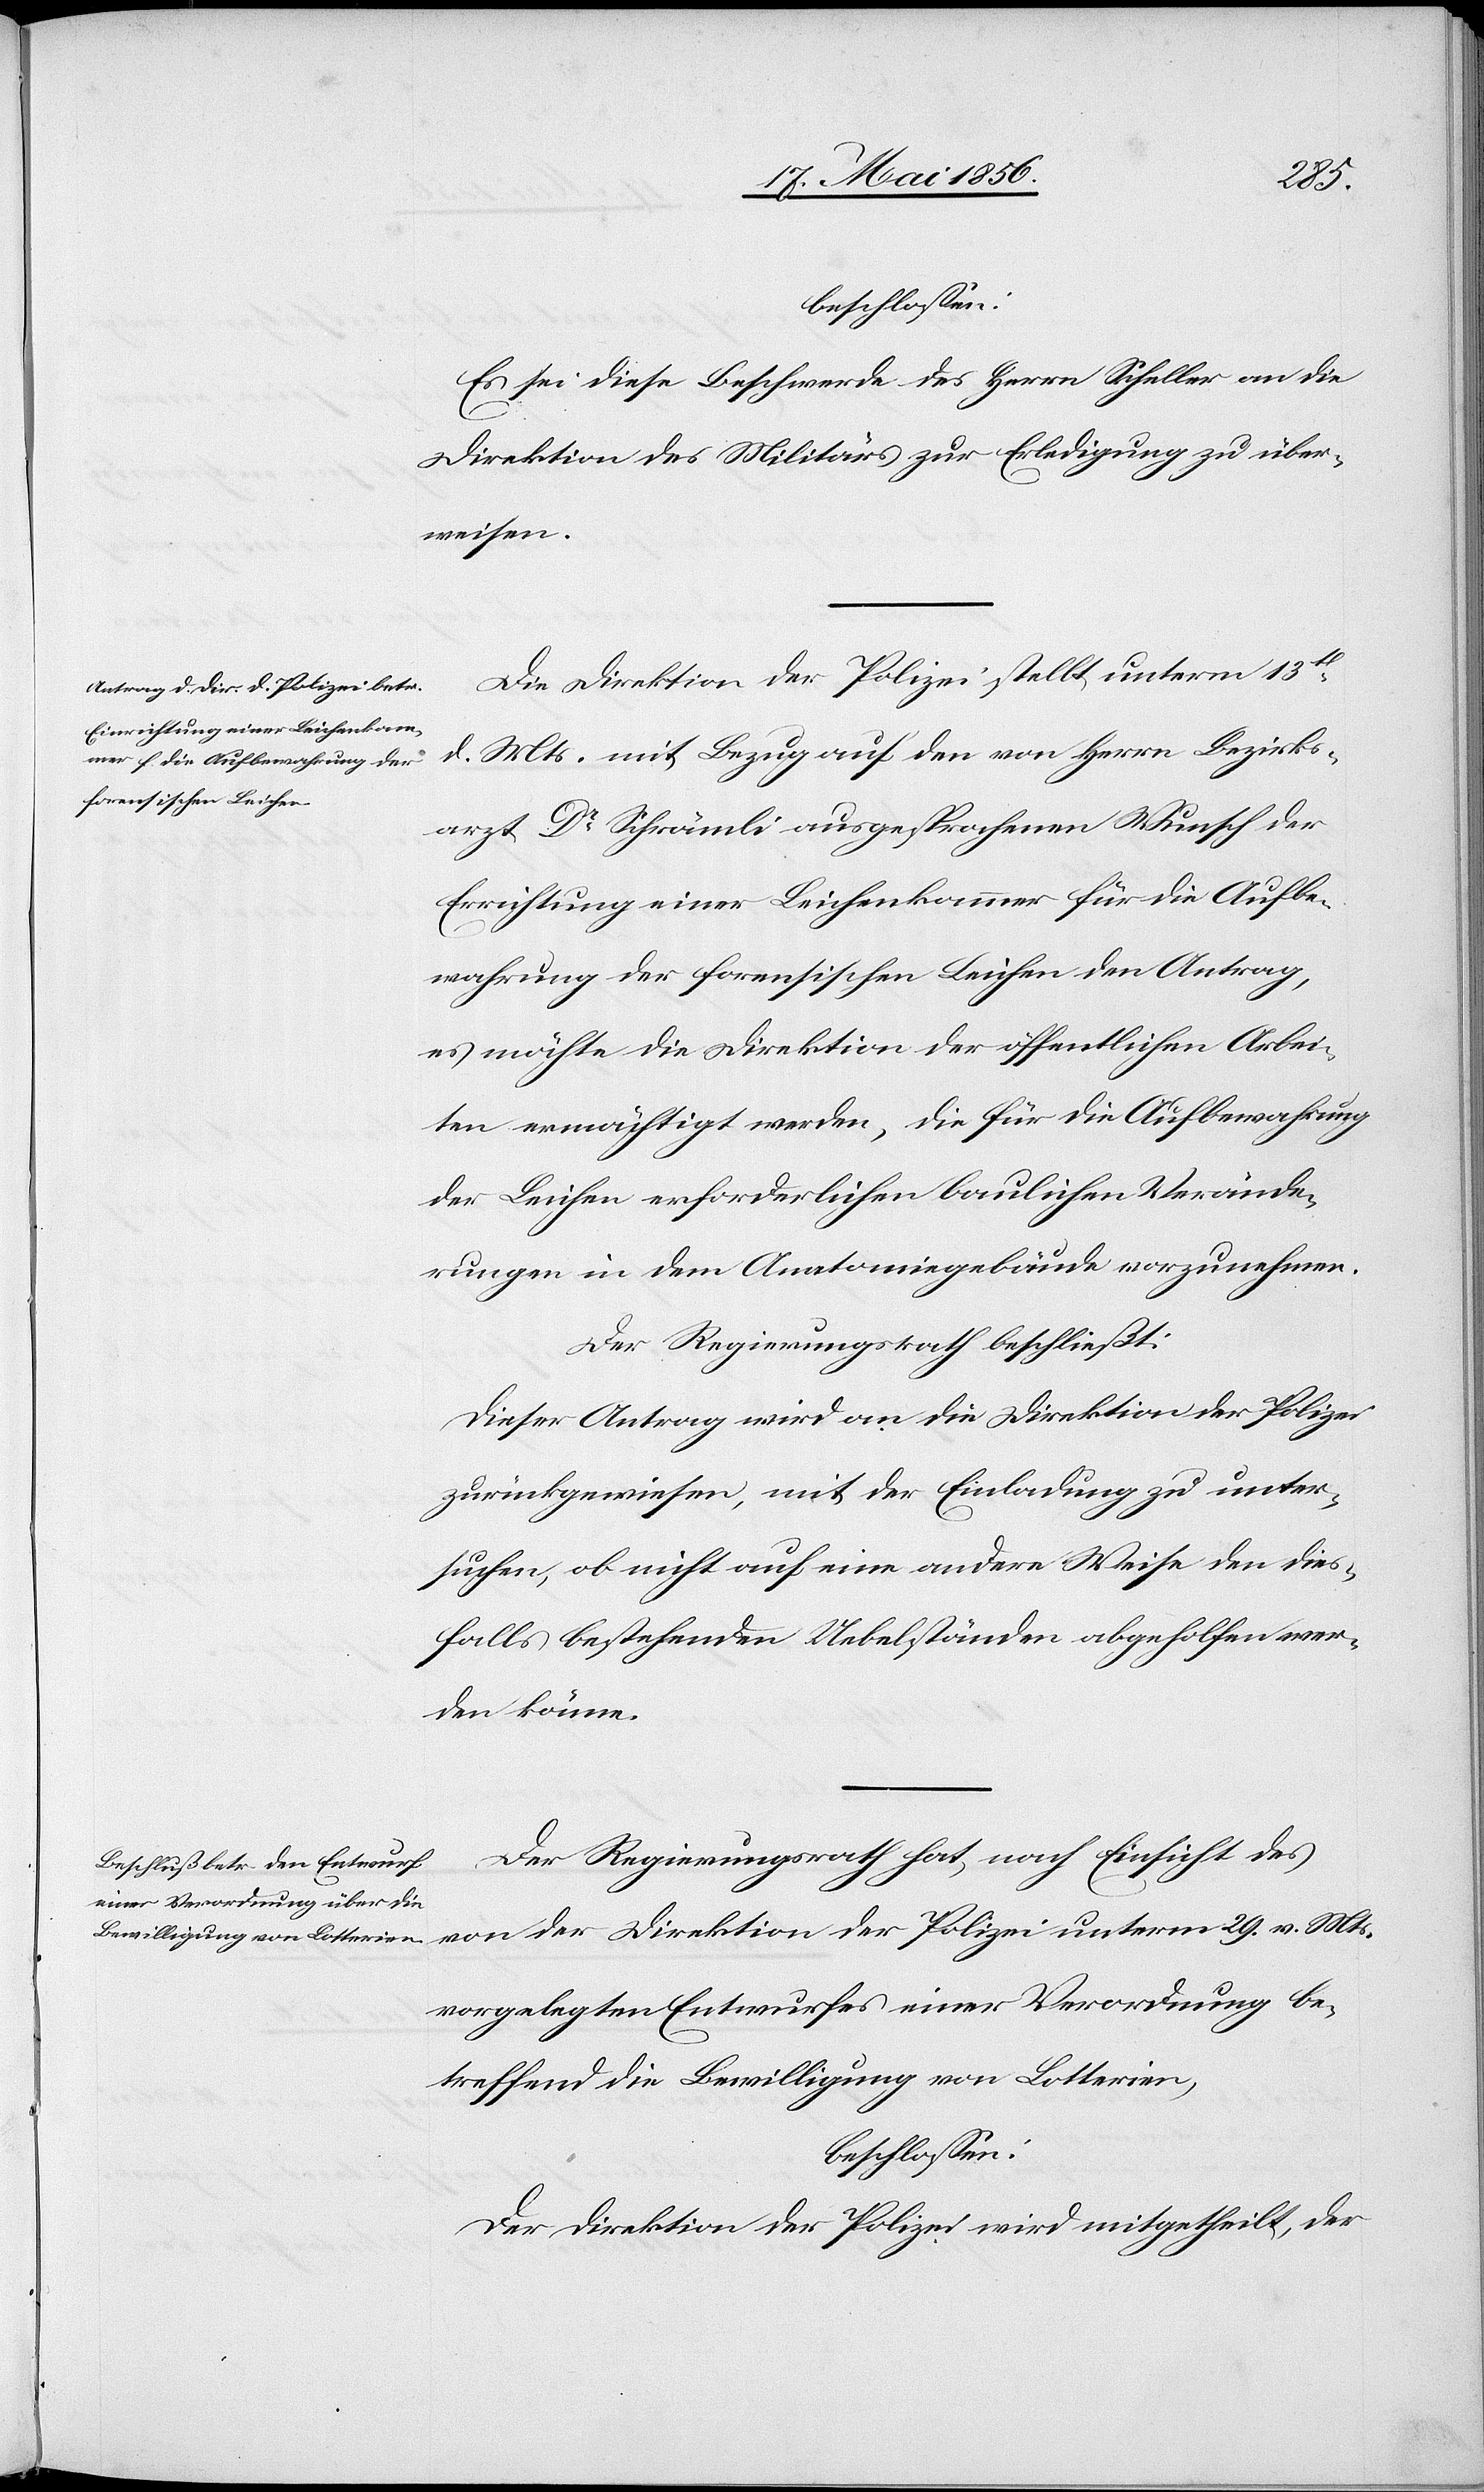
beschlossen:
Es sei diese Beschwerde des Herrn Scheller an die
Direktion des Militärs zur Erledigung zu über¬
weisen.
Die Direktion der Polizei stellt unterm 13t
d. Mts. mit Bezug auf den von Herrn Bezirks¬
arzt Dr Schrämli ausgesprochenen Wunsch der
Errichtung einer Leichenkammer für die Aufbe¬
wahrung der forensischen Leichen den Antrag,
es möchte die Direktion der öffentlichen Arbei¬
ten ermächtigt werden, die für die Aufbewahrung
der Leichen erforderlichen baulichen Verände¬
rungen in dem Anatomiegebäude vorzunehmen.
Der Regierungsrath beschließt:
Dieser Antrag wird an die Direktion der Polizei
zurückgewiesen, mit der Einladung zu unter¬
suchen, ob nicht auf eine andere Weise den dies¬
falls bestehenden Uebelständen abgeholfen wer¬
den könne.
Der Regierungsrath hat, nach Einsicht des
von der Direktion der Polizei unterm 29. v. Mts.
vorgelegten Entwurfes einer Verordnung be¬
treffend die Bewilligung von Lotterien,
beschlossen:
Der Direktion der Polizei wird mitgetheilt, der